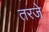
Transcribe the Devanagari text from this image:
तरजे